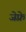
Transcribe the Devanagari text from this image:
जेफ़्रे